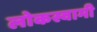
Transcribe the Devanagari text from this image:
लोकस्वामी